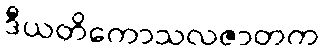
ဒီယတိကောသလဇာတက